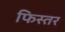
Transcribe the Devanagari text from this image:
फिस्तर